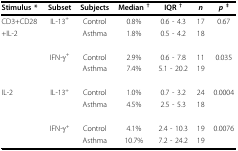
<table><thead><tr><td><b>Stimulus *</b></td><td><b>Subset</b></td><td><b>Subjects</b></td><td><b>Median <sup>†</sup></b></td><td><b>IQR <sup>†</sup></b></td><td><b><i>n</i></b></td><td><b><i>p </i><sup>‡</sup></b></td></tr></thead><tbody><tr><td>CD3+CD28</td><td>IL-13<sup>+</sup></td><td>Control</td><td>0.8%</td><td>0.6 - 4.3</td><td>17</td><td>0.67</td></tr><tr><td>+IL-2</td><td></td><td>Asthma</td><td>1.8%</td><td>0.5 - 4.2</td><td>18</td><td></td></tr><tr><td></td><td>IFN-γ<sup>+</sup></td><td>Control</td><td>2.9%</td><td>0.6 - 7.8</td><td>11</td><td>0.035</td></tr><tr><td></td><td></td><td>Asthma</td><td>7.4%</td><td>5.1 - 20.2</td><td>19</td><td></td></tr><tr><td>IL-2</td><td>IL-13<sup>+</sup></td><td>Control</td><td>1.0%</td><td>0.7 - 3.2</td><td>24</td><td>0.0004</td></tr><tr><td></td><td></td><td>Asthma</td><td>4.5%</td><td>2.5 - 5.3</td><td>18</td><td></td></tr><tr><td></td><td>IFN-γ<sup>+</sup></td><td>Control</td><td>4.1%</td><td>2.4 - 10.3</td><td>19</td><td>0.0076</td></tr><tr><td></td><td></td><td>Asthma</td><td>10.7%</td><td>7.2 - 24.2</td><td>19</td><td></td></tr></tbody></table>